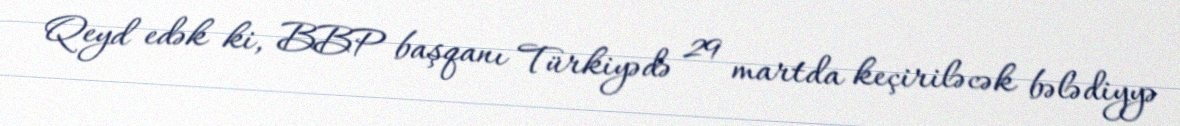
Qeyd edək ki, BBP başqanı Türkiyədə 29 martda keçiriləcək bələdiyyə